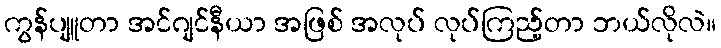
ကွန်ပျူတာ အင်ဂျင်နီယာ အဖြစ် အလုပ် လုပ်ကြည့်တာ ဘယ်လိုလဲ။